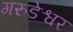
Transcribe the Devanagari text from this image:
गरुडेश्वर